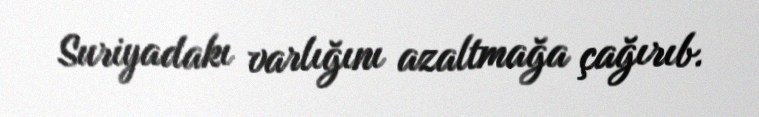
Suriyadakı varlığını azaltmağa çağırıb.